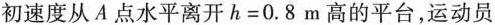
初速度从A点水平离开$$ h = 0 . 8 $$m高的平台，运动员